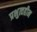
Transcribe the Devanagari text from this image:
प्रभुत्वहीन